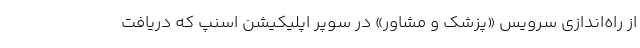
از راه‌اندازی سرویس «پزشک و مشاور» در سوپر اپلیکیشن اسنپ که دریافت